Report of the Municipal Commissioner on the plague in Bombay for the year ending 31st May... - Volume 1
Disease focus: Plague
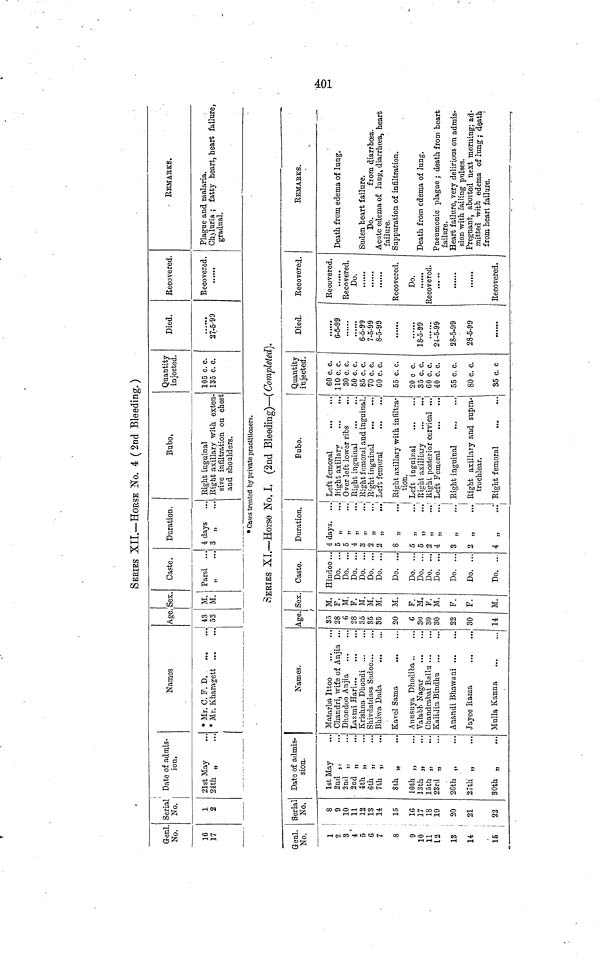
401
SERIES XII.—HOESE No. 4 (2nd Bleeding.)
Geni.
No.
16
17
Serial
No.
1
2
Date of admis-
ión.
21st May
21th „
Names
* Mr. C. F. D
* Mr. Kharagetfc
I
Age
43
53
Sex.
!
M. '
M.
Caste.
Parsi
H
"·
Duration.
•i days
3 „
Bubo.
Right inguinal
Eight axillary with exten-
sive infiltration on chest
and shoulders.
Quantity
injected.
105 c. c.
135 c. c.
Died.
27-5-99
Recovered.
Recovered .
......
REMABKS.
Plague and malaria.
Chjluria ; fatty heart, heart failure,
gradual.
* Cases treated by private practitioners.
SERIES XL—Horse No. I. (2nd Bleeding)—(Completed}.
Geni.
No.
1
2
3
4
5
6
7
8
9
10
11 '
12
13
i
u ;
15 !
¡
Sería]
No.
8
9
10
11
12
13
14
15
IG
17
18
19
20
21
22
Dato of admis-
sion.
1st May
2nd ,
2nd ,
2nd ,
4th ,
6th ,
7th ,
8th „
10th „
13th „
loth „
23rd „
2Gth „
27th „
30th „
Names.
Matar ba Ittoo
Chandri, wife of Anjia ...
Dhondoo Anjia
Laxmi Hari
Krishna Dhondi ...
Shivdatdass Sadoo
Bhiwa Dada
Kavel Saraa
Auusuya Dhodiba
Valabb Nagar
Chandrabai Ballu
KaiiJin Bindhu
Anandi Bhawani
Jayee Kama
Mulla Kanna
Age
35
28
6
28
35
35
35
20
C
30
30
30
22
30
14
Sex
/
M.
F.
M.
F.
M.
M.
M.
M.
F.
M.
F.
M.
F.
F.
M.
Caste.
Hindoo ..
Do. ..
Do. ..
Do. ...
Do. ...
Do. ...
Do. ...
Do. ...
Do. ...
Do. ...
Do. ....
Do. ...
Do. ...
Do. ...
Do. ...
4
5
5
4
3
2
2
8
6
δ
2
4
3
2
4
Duration.
days.
Bubo.
1
Left femoral
...
Eight axillary
Over left lower ribs
Eight inguinal
Eight femoral and inguinal.
Eight inguinal
...
Left femoral
Right axillary with infiltra-
tion.
Left inguinal
Right axilliary
Right posterior cervical ...
Left Femoral
Right inguinal
...
Right axillary and supra-
trochlear.
Right femoral
Quantity
injected.
60 c. c.
110 c.c.
30 c. c.
50 c. c.
85 c. c.
70 c. c.
CO c. c.
55 c. c.
20 c c.
35 c.c.
60 c. c.
40 c. c.
55 c. c.
80 c. c.
35 c. c
Died.
6-5-99
.' .' .' ".!
6-5-99
7-5-99
8-5-99
18-5-99
24-5-99
28-5-99
28-5-99
Recovered.
Recovered.
Recovered.
Do.
Recovered.
Do.
..···.
Recovered.
··· ··
......
Recovered.
RBMAEKS.
Death from edema of lung.
Suden heart failure.
Do.
from diarrhoaa.
Acute edema of lung, diarrhoea, heart
failure.
Suppuration of infiltration.
Death from edema of lung.
Pneumonic plague ; death from heart
failure.
Heart failure, very delirious on admis-
sion with failing pulses.
Pregnant, aboited next morning; ad-
mitted with edema of lung ; death
from heart failure.